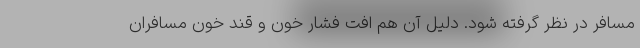
مسافر در نظر گرفته شود. دلیل آن هم افت فشار خون و قند خون مسافران